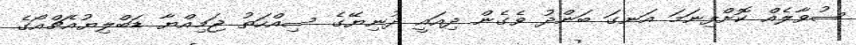
ސުވާލެއް ކޮށްފިނަމަ އަނގަ ބަންދު ވެގެން ދިއައީ ދުނިޔޭގެ ސިއްހަތު ޖަމިއްޔާ ޑަބްލިޔުއެޗްއޯގެ